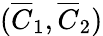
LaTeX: (\overline{{C}}_{1},\overline{{C}}_{2})